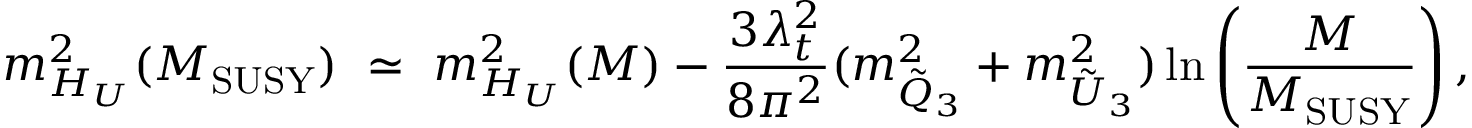
m _ { H _ { U } } ^ { 2 } ( M _ { \mathrm { S U S Y } } ) \ \simeq \ m _ { H _ { U } } ^ { 2 } ( M ) - { \frac { 3 \lambda _ { t } ^ { 2 } } { 8 \pi ^ { 2 } } } ( m _ { { \tilde { Q } } _ { 3 } } ^ { 2 } + m _ { { \tilde { U } } _ { 3 } } ^ { 2 } ) \ln \left( { \frac { M } { M _ { \mathrm { S U S Y } } } } \right) ,